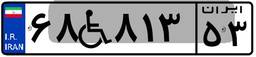
۶۱W۸۱۸۵۲